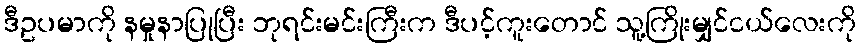
ဒီဥပမာကို နမှုနာပြုပြီး ဘုရင်းမင်းကြီးက ဒီပင့်ကူးတောင် သူ့ကြိုးမျှင်ငယ်လေးကို